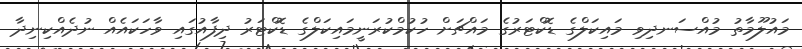
މައުލޫމާތު މުއްސަނދިވި މައިކަލްގެ ޑޮކްޓަރުގެ މައްޗަށް ހުކުމްކުރަނީމައިކަލްގެ ޑޮކްޓަރު ދިފާއުގައި ވާހަކައެއް ނުދެއްކިނިދާ